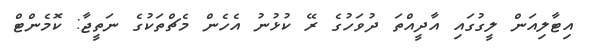
އިޓާލިއަން ލީގުގައި އާދީއްތަ ދުވަހުގެ ރޭ ކުޅުނު އެހެން މެޗްތަކުގެ ނަތީޖާ: ކޮމެންޓް